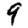
Digit: 9